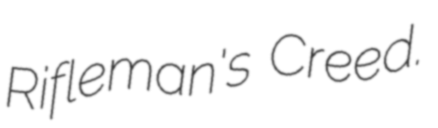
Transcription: Rifleman's Creed.